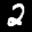
Label: 2